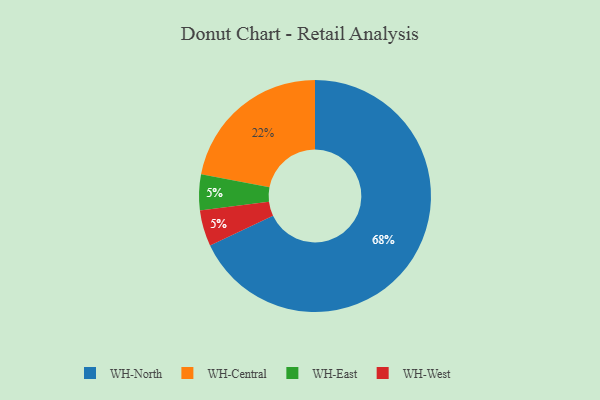
{"axis": {"x": "Category", "y": "Percentage"}, "legend": ["WH-Central", "WH-East", "WH-North", "WH-West"], "data": [{"x": "WH-Central", "y": 22, "type": "WH-Central"}, {"x": "WH-North", "y": 68, "type": "WH-North"}, {"x": "WH-East", "y": 5, "type": "WH-East"}, {"x": "WH-West", "y": 5, "type": "WH-West"}]}